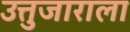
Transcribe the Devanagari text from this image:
उत्तुजाराला